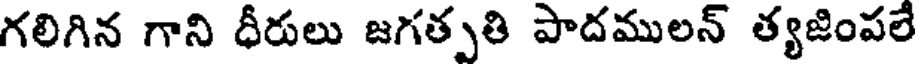
గలిగిన గాని ధీరులు జగత్పతి పాదములన్ త్యజింపలే